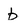
Character: b